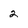
Character: 2